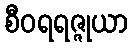
စီဝရရဇ္ဇုယာ